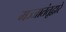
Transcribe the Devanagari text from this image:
मज्जातंतूद्वारे